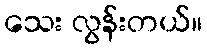
သေး လွန်းတယ်။